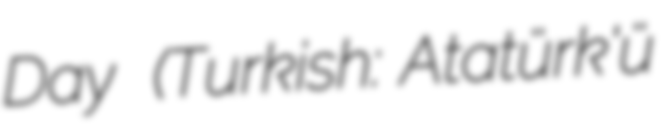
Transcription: Day  (Turkish: Atatürk'ü